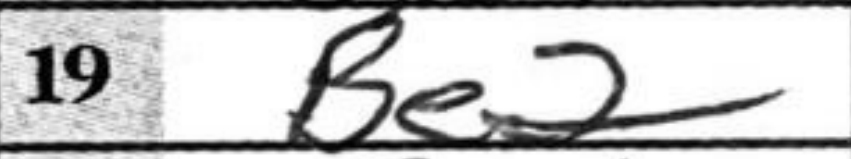
Transcription: Be2